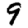
Digit: 9